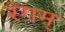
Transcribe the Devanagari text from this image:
रंगम्